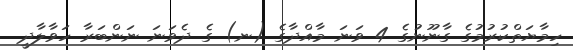
ހިމާޔަތްކުރުމުގެ ގާނޫނުގެ 4 ވަނަ މާއްދާގެ (ނ) ގެ ދެވަނަ ނަންބަރާ ހަވާލާދީ